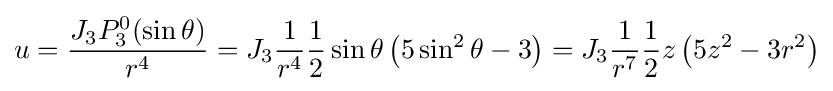
u={\frac {J_{3}P_{3}^{0}(\sin \theta )}{r^{4}}}=J_{3}{\frac {1}{r^{4}}}{\frac {1}{2}}\sin \theta \left(5\sin ^{2}\theta -3\right)=J_{3}{\frac {1}{r^{7}}}{\frac {1}{2}}z\left(5z^{2}-3r^{2}\right)